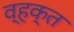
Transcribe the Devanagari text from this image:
व्हक्त